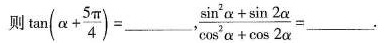
则 $$\tan ( \alpha + \frac{5 \pi }{4})=$$ ___，$$\frac{ \sin ^{2} \alpha + \sin 2 \alpha }{ \cos ^{2} \alpha + \cos 2 \alpha }=$$___.